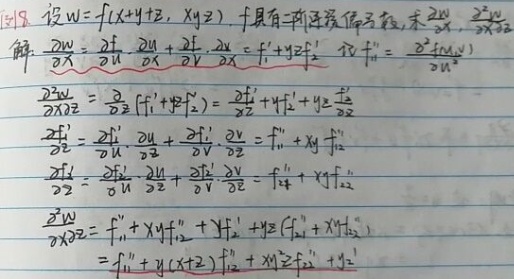
例8. 设 \(w = f(x + y+z, xyz)\)，具有二阶连续偏导数，求 \(\frac{\partial w}{\partial x}\)，\(\frac{\partial^{2}w}{\partial x\partial z}\)。

解：令 \(u=x + y + z\)，\(v = xyz\)

\[
\begin{align*}
\frac{\partial w}{\partial x}&=\frac{\partial f}{\partial u}\frac{\partial u}{\partial x}+\frac{\partial f}{\partial v}\frac{\partial v}{\partial x}=f_{1}'+yzf_{2}'\quad \text{记 }f_{11}''=\frac{\partial^{2}f(u,v)}{\partial u^{2}}\\
\frac{\partial^{2}w}{\partial x\partial z}&=\frac{\partial}{\partial z}(f_{1}'+yzf_{2}')=\frac{\partial f_{1}'}{\partial z}+yf_{2}'+yz\frac{\partial f_{2}'}{\partial z}\\
\frac{\partial f_{1}'}{\partial z}&=\frac{\partial f_{1}'}{\partial u}\frac{\partial u}{\partial z}+\frac{\partial f_{1}'}{\partial v}\frac{\partial v}{\partial z}=f_{11}''+xyf_{12}''\\
\frac{\partial f_{2}'}{\partial z}&=\frac{\partial f_{2}'}{\partial u}\frac{\partial u}{\partial z}+\frac{\partial f_{2}'}{\partial v}\frac{\partial v}{\partial z}=f_{21}''+xyf_{22}''\\
\frac{\partial^{2}w}{\partial x\partial z}&=f_{11}''+xyf_{12}''+yf_{2}'+yz(f_{21}''+xyf_{22}'')\\
&=f_{11}''+y(x + z)f_{12}''+x y^{2}z f_{22}''+yf_{2}'
\end{align*}
\]